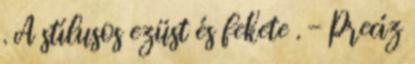
. A stílusos ezüst és fekete . - Precíz